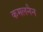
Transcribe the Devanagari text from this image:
कमलनैन